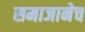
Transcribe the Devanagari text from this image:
समाजानेच